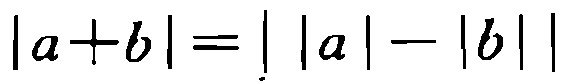
\(|a + b| = \left| |a| - |b| \right|\)